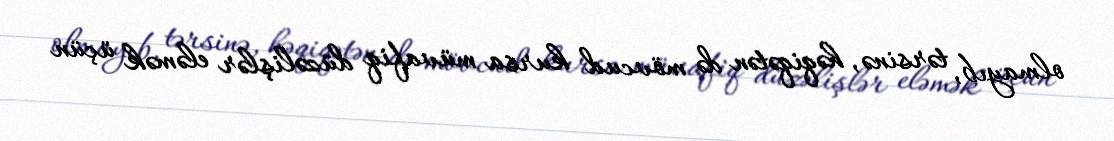
olmayıb, tərsinə, həqiqətən də mövcud kursa müvafiq düzəlişlər eləmək üçün